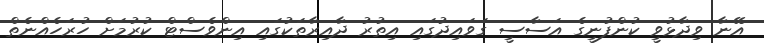
އޭނާ ވިދާޅުވީ ކުންފުނީގެ އަސާސީ ގަވައިދުގައި އިތުރު ދާއިރާތަކުގައި އިންވެސްޓް ކުރުމަށް ހުރަހެއްނެތް